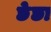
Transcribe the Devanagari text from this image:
छेछा